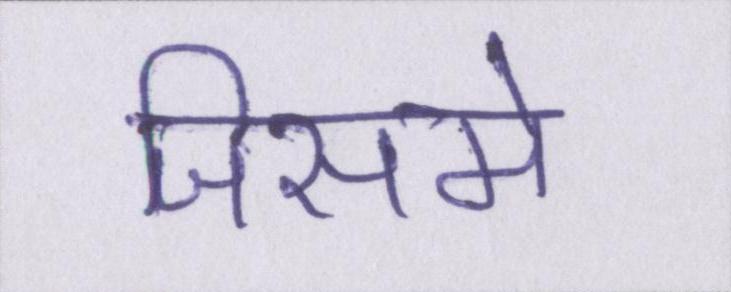
जिसमे